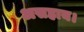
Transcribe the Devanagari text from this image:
असहाय।